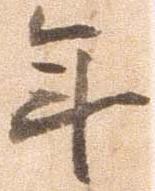
年